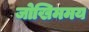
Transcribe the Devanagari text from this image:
जोखिममय